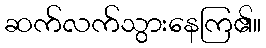
ဆက်လက်သွားနေကြ၏။